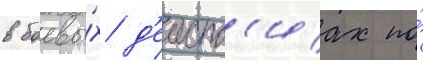
в боевы́х д'еиств'иах по́